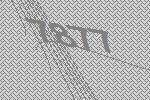
7877